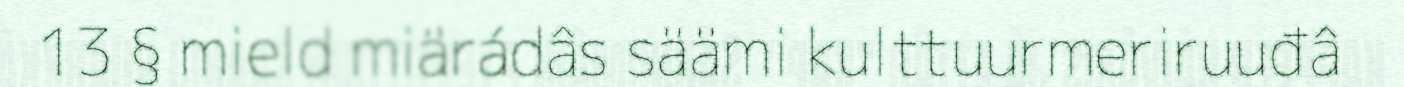
13 § mield miärádâs säämi kulttuurmeriruuđâ